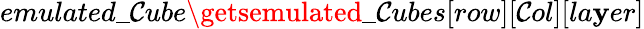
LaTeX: emulated\_ \mathcal{C}ube\getsemulated\_ \mathcal{C}ubes[row][\mathcal{C}ol][la\mathbf{y}er]